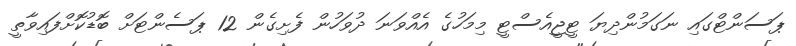
ޕަސަންޓްގައި ނަގަމުންދިޔަ ޓީޖީއެސްޓީ މިމަހުގެ އެއްވަނަ ދުވަހުން ފެށިގެން 12 ޕަސެންޓަށް ބޮޑުކޮށްފައިވާތީ